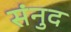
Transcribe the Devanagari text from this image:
संनुद